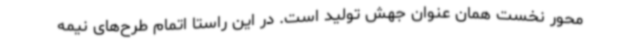
محور نخست همان عنوان جهش تولید است. در این راستا اتمام طرح‌های نیمه